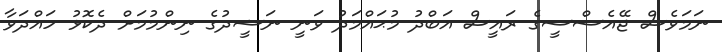
ނަމަވެސް ޖޭއެސްސީގެ ރައީސް އަބްދު މުޙައްމަދު ވަނީ ނަޝީދުގެ ނިންމުމަށް ދެކޮޅު ހައްދަވާ